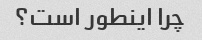
چرا اینطور است؟